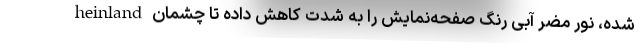
heinland شده، نور مضر آبی رنگ صفحه‌نمایش را به شدت کاهش داده تا چشمان